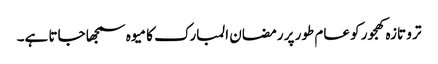
تر و تازہ کھجور کو عام طور پر رمضان المبارک کا میوہ سمجھا جاتا ہے۔